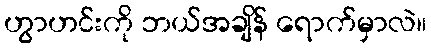
ဟွာဟင်းကို ဘယ်အချိန် ရောက်မှာလဲ။